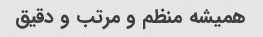
همیشه منظم و مرتب و دقیق